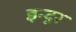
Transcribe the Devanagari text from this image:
इन्दूर